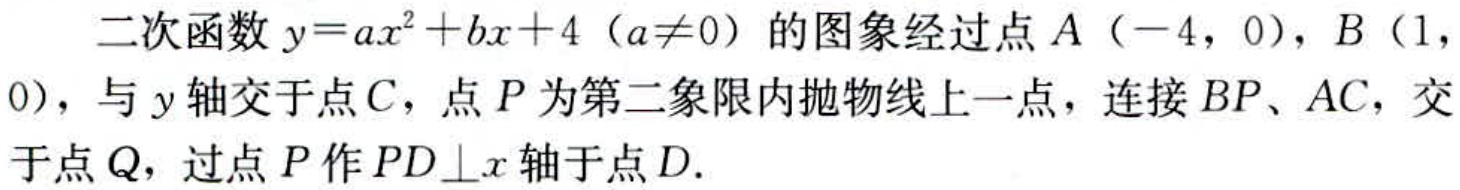
二次函数\(y = ax^{2}+bx + 4\)（\(a\neq0\)）的图象经过点\(A(-4,0)\)，\(B(1,0)\)，与\(y\)轴交于点\(C\)，点\(P\)为第二象限内抛物线上一点，连接\(BP\)、\(AC\)，交于点\(Q\)，过点\(P\)作\(PD\perp x\)轴于点\(D\).